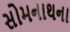
સોમનાથના